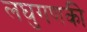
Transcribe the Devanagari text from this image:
लघुगणकी